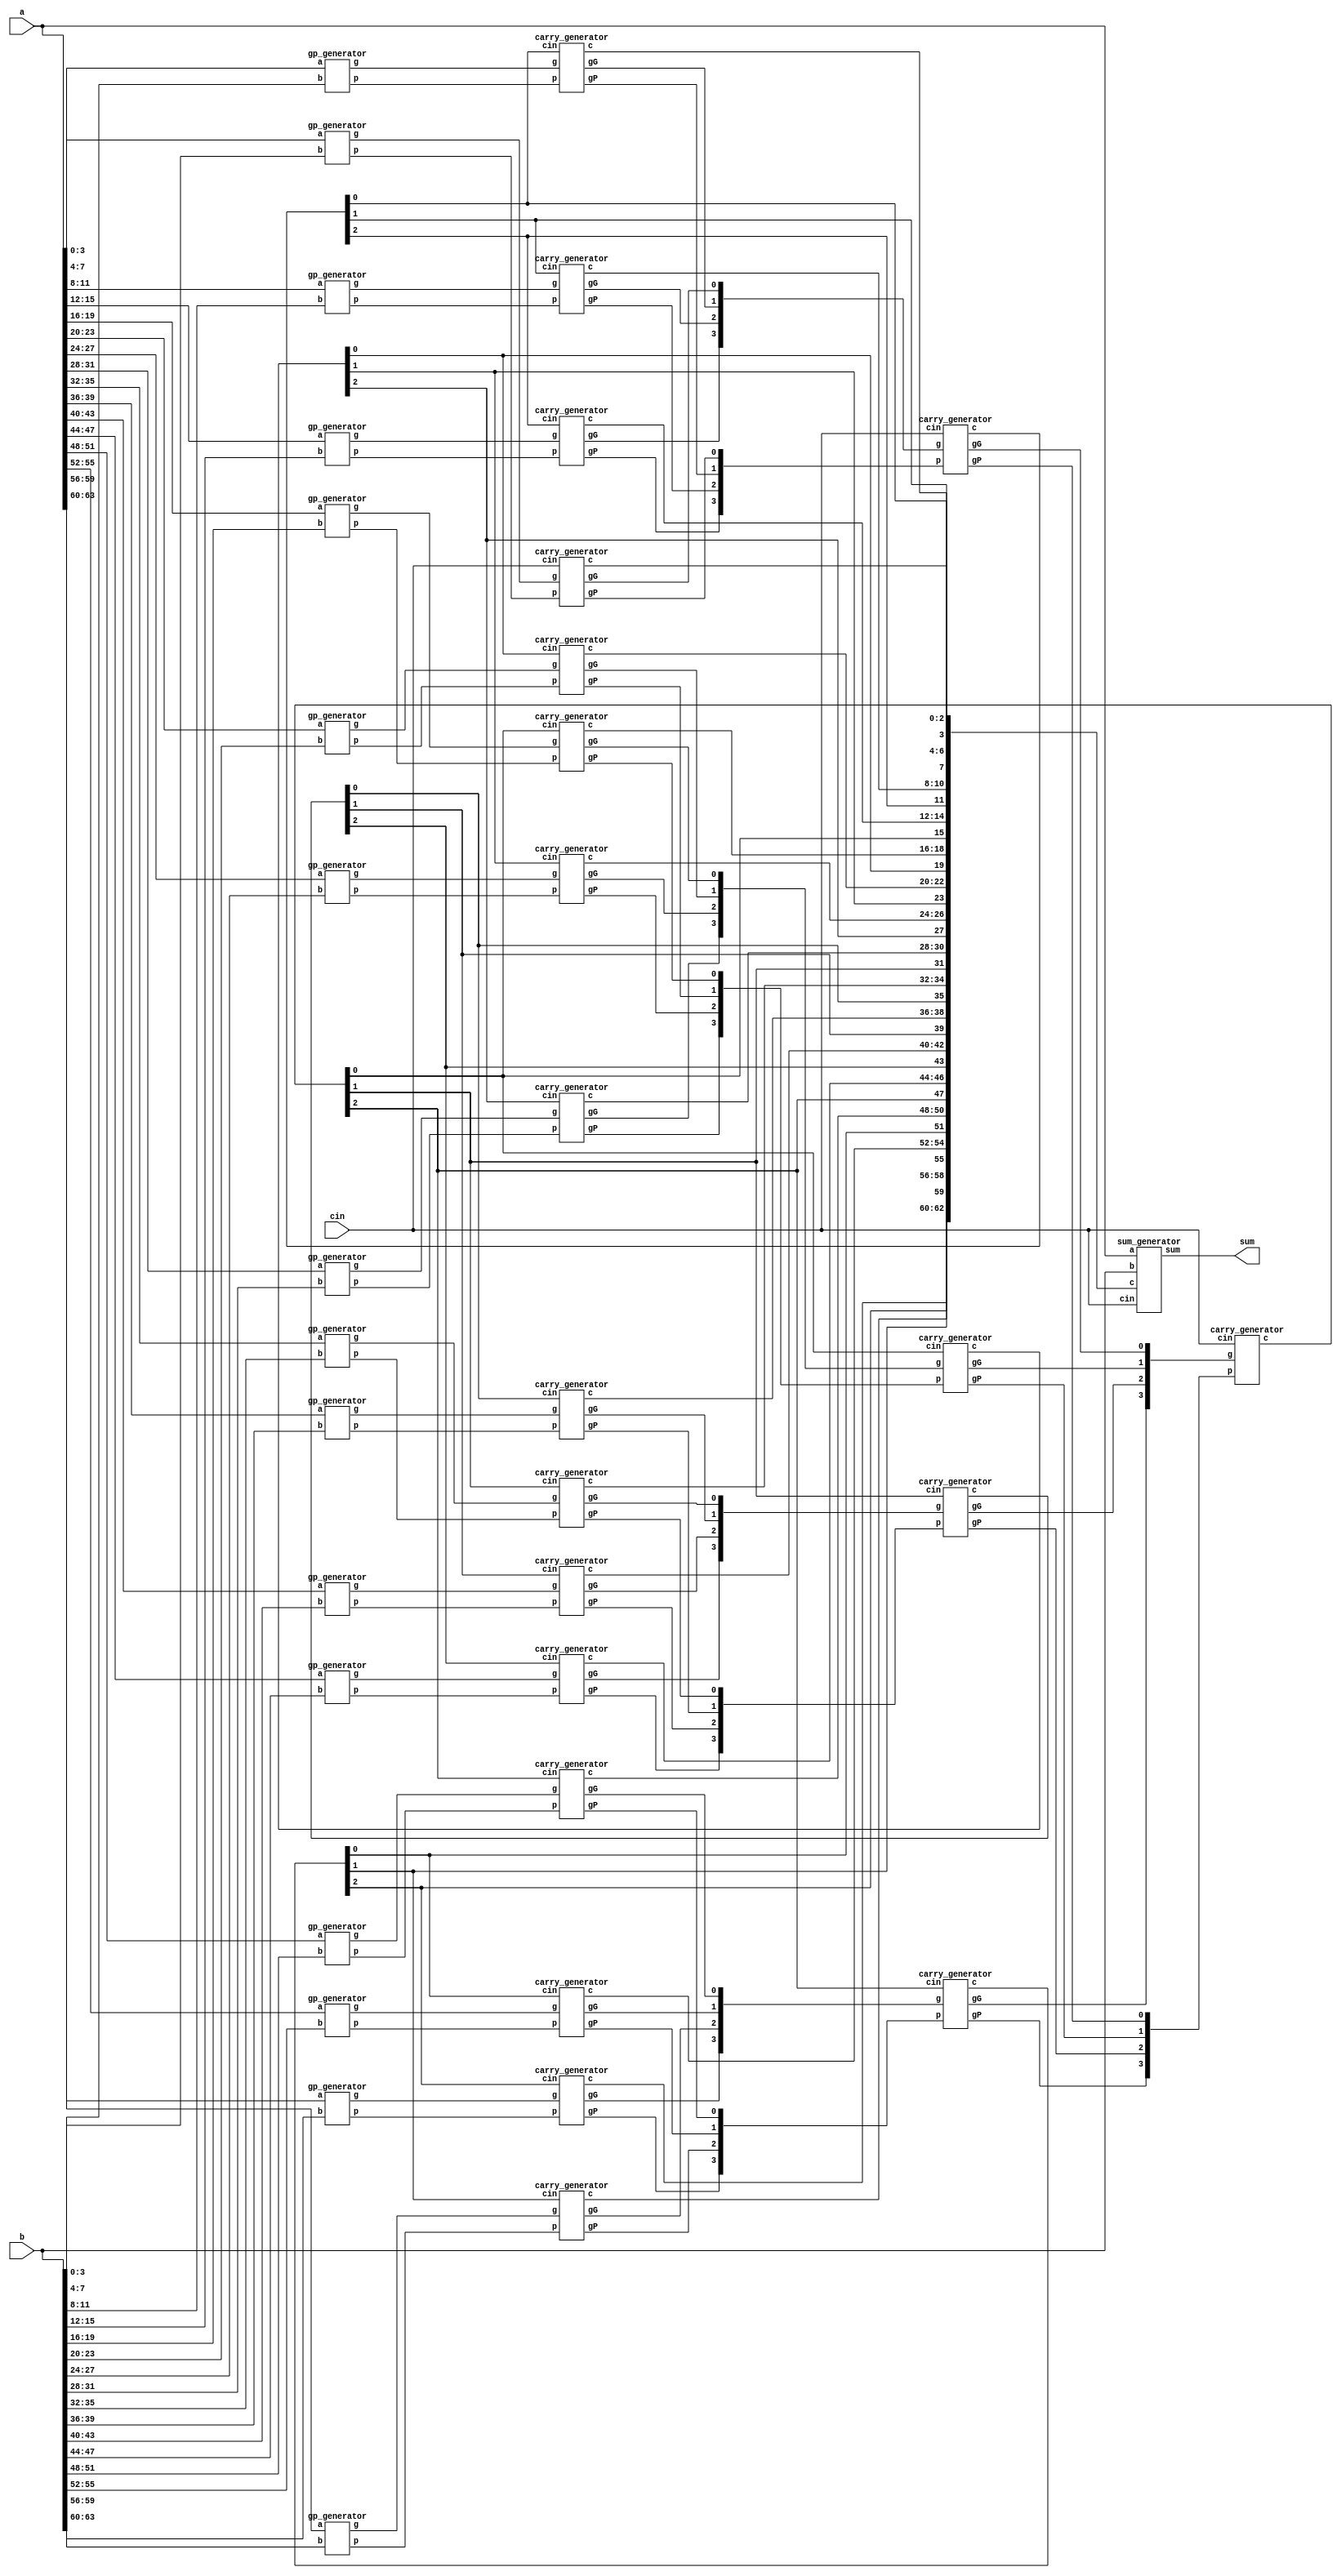
module CLA_64bit(a,b,cin,sum);

    input [63:0] a,b;
    input cin;
    output [63:0] sum;

    wire [63:0] g,p;
    wire [63:1] c;
    wire [15:0] gG,gP;
    wire [3:0] GG,GP;
    
    //Write down your design here ---//
	
	  //generate g & p
      gp_generator gp_geneator01(a[3:0],     b[3:0],     g[3:0],     p[3:0]);
      gp_generator gp_geneator02(a[7:4],     b[7:4],     g[7:4],     p[7:4]);
      gp_generator gp_geneator03(a[11:8],    b[11:8],    g[11:8],    p[11:8]);
      gp_generator gp_geneator04(a[15:12],   b[15:12],   g[15:12],   p[15:12]);
      gp_generator gp_geneator05(a[19:16],   b[19:16],   g[19:16],   p[19:16]);
      gp_generator gp_geneator06(a[23:20],   b[23:20],   g[23:20],   p[23:20]);
      gp_generator gp_geneator07(a[27:24],   b[27:24],   g[27:24],   p[27:24]);
      gp_generator gp_geneator08(a[31:28],   b[31:28],   g[31:28],   p[31:28]);
      gp_generator gp_geneator09(a[35:32],   b[35:32],   g[35:32],   p[35:32]);
      gp_generator gp_geneator10(a[39:36],   b[39:36],   g[39:36],   p[39:36]);
      gp_generator gp_geneator11(a[43:40],   b[43:40],   g[43:40],   p[43:40]);
      gp_generator gp_geneator12(a[47:44],   b[47:44],   g[47:44],   p[47:44]);
      gp_generator gp_geneator13(a[51:48],   b[51:48],   g[51:48],   p[51:48]);
      gp_generator gp_geneator14(a[55:52],   b[55:52],   g[55:52],   p[55:52]);
      gp_generator gp_geneator15(a[59:56],   b[59:56],   g[59:56],   p[59:56]);
      gp_generator gp_geneator16(a[63:60],   b[63:60],   g[63:60],   p[63:60]);
		
	  //generate gG & gP, generate carries c0, c4, c8, c12, ... , c60
      carry_generator carry_geneator_c00(g[3:0],     p[3:0],     cin,    c[3:1],     gG[0],  gP[0]);
      carry_generator carry_geneator_c01(g[7:4],     p[7:4],     c[4],   c[7:5],     gG[1],  gP[1]);
      carry_generator carry_geneator_c02(g[11:8],    p[11:8],    c[8],   c[11:9],    gG[2],  gP[2]);
      carry_generator carry_geneator_c03(g[15:12],   p[15:12],   c[12],  c[15:13],   gG[3],  gP[3]);
      carry_generator carry_geneator_c04(g[19:16],   p[19:16],   c[16],  c[19:17],   gG[4],  gP[4]);
      carry_generator carry_geneator_c05(g[23:20],   p[23:20],   c[20],  c[23:21],   gG[5],  gP[5]);
      carry_generator carry_geneator_c06(g[27:24],   p[27:24],   c[24],  c[27:25],   gG[6],  gP[6]);
      carry_generator carry_geneator_c07(g[31:28],   p[31:28],   c[28],  c[31:29],   gG[7],  gP[7]);
      carry_generator carry_geneator_c08(g[35:32],   p[35:32],   c[32],  c[35:33],   gG[8],  gP[8]);
      carry_generator carry_geneator_c09(g[39:36],   p[39:36],   c[36],  c[39:37],   gG[9],  gP[9]);
      carry_generator carry_geneator_c10(g[43:40],   p[43:40],   c[40],  c[43:41],   gG[10],  gP[10]);
      carry_generator carry_geneator_c11(g[47:44],   p[47:44],   c[44],  c[47:45],   gG[11],  gP[11]);
      carry_generator carry_geneator_c12(g[51:48],   p[51:48],   c[48],  c[51:49],   gG[12],  gP[12]);
      carry_generator carry_geneator_c13(g[55:52],   p[55:52],   c[52],  c[55:53],   gG[13],  gP[13]);
      carry_generator carry_geneator_c14(g[59:56],   p[59:56],   c[56],  c[59:57],   gG[14],  gP[14]);
      carry_generator carry_geneator_c15(g[63:60],   p[63:60],   c[60],  c[63:61],   gG[15],  gP[15]);

	  //generate all carries
      carry_generator carry_geneator_c16(gG[3:0],   gP[3:0],    cin,    {c[12],c[8],c[4]},      GG[0],   GP[0]);
      carry_generator carry_geneator_c17(gG[7:4],   gP[7:4],    c[16],  {c[28],c[24],c[20]},    GG[1],   GP[1]);
      carry_generator carry_geneator_c18(gG[11:8],  gP[11:8],   c[32],  {c[44],c[40],c[36]},    GG[2],   GP[2]);
      carry_generator carry_geneator_c19(gG[15:12], gP[15:12],  c[48],  {c[60],c[56],c[52]},    GG[3],   GP[3]);
      carry_generator carry_geneator_c20(GG[3:0], GP[3:0],  cin,  {c[48],c[32],c[16]}, ,);

	  //generate sum
      sum_generator geneate_sum(a[63:0],b[63:0],cin,c[63:1],sum[63:0]);

    
    //-------------------------------//

endmodule

module gp_generator(a,b,g,p);

    input [3:0] a,b;
    output [3:0] g,p;

    assign g = a & b;
    assign p = a | b;

endmodule

module carry_generator(g,p,cin,c,gG,gP);

    input [3:0] g,p;
    input cin;
    output gG,gP;
    output [3:1] c;

	assign gG = g[3] | (p[3] & g[2]) | (p[3] & p[2] & g[1]) | (p[3] & p[2] & p[1] & g[0]);
	assign gP = p[3] & p[2] & p[1] & p[0];

    assign c[1] = g[0] | (p[0] & cin);
    assign c[2] = g[1] | (p[1] & g[0]) | (p[1] & p[0] & cin);
    assign c[3] = g[2] | (p[2] & g[1]) | (p[2] & p[1] & g[0]) | (p[2] & p[1] & p[0] & cin);

endmodule

module sum_generator(a,b,cin,c,sum);

    input [63:0] a,b;
    input cin;
    input [63:1] c;
    output [63:0] sum;
	

    assign sum = a ^ b ^ {c,cin};

endmodule